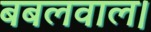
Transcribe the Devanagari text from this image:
बबलवाल।